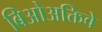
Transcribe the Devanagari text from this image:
बिओअक्तिवे